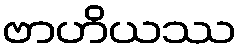
ဗာဟိယဿ